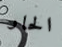
الحار